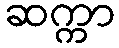
ဆက္ကာ